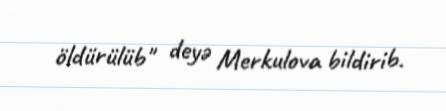
öldürülüb" deyə Merkulova bildirib.